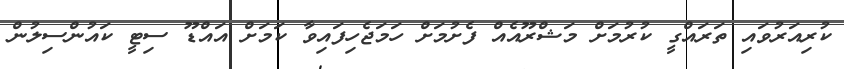
ކުރިއަރުވައި ތަރައްގީ ކުރުމަށް މަޝްރޫއެއް ފެށުމަށް ހަމަޖެހިފައިވާ ކަމަށް އައްޑޫ ސިޓީ ކައުންސިލުން